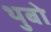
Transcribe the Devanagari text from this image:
थुबो